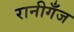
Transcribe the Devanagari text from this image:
रानीगँज